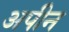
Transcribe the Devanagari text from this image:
अपीन